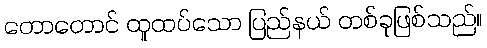
တောတောင် ထူထပ်သော ပြည်နယ် တစ်ခုဖြစ်သည်။